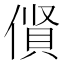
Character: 𠍦